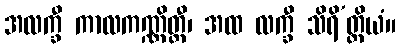
အလက္ခီ ကာလကဏ္ဏိတ္ထီ၊ အထ လက္ခီ သိရိ’တ္ထိယံ။